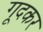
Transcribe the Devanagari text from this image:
गूदकर